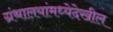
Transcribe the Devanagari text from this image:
ग्रंथालयांमध्येदेखील